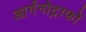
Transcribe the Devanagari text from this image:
आर्गनोट्राफों